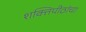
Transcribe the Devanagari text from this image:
शक्तिपीठांचा